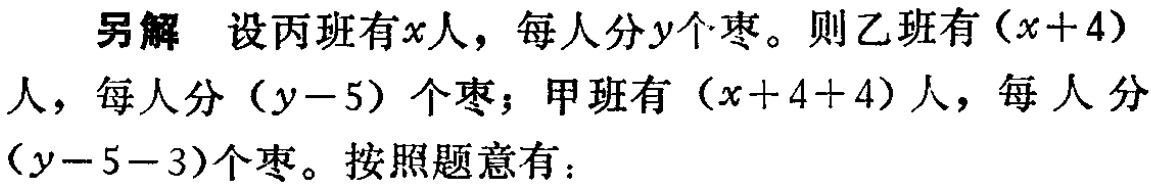
另解 设丙班有\(x\)人，每人分\(y\)个枣。则乙班有\((x + 4)\)人，每人分\((y - 5)\)个枣；甲班有\((x + 4 + 4)\)人，每人分\((y - 5 - 3)\)个枣。按照题意有：